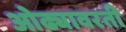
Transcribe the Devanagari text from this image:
ओढ्यावरती